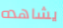
يشاهده